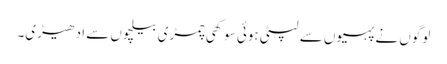
لوگوں نے پہیوں سے لپٹی ہوئی سوکھی چمڑی بیلچوں سے ادھیڑی۔